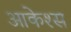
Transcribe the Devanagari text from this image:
आकेश्स